Report on inoculation in the plague infected areas of the Punjab and its dependencies from October 1900 to September 1901
Year: 1900
Disease focus: Plague
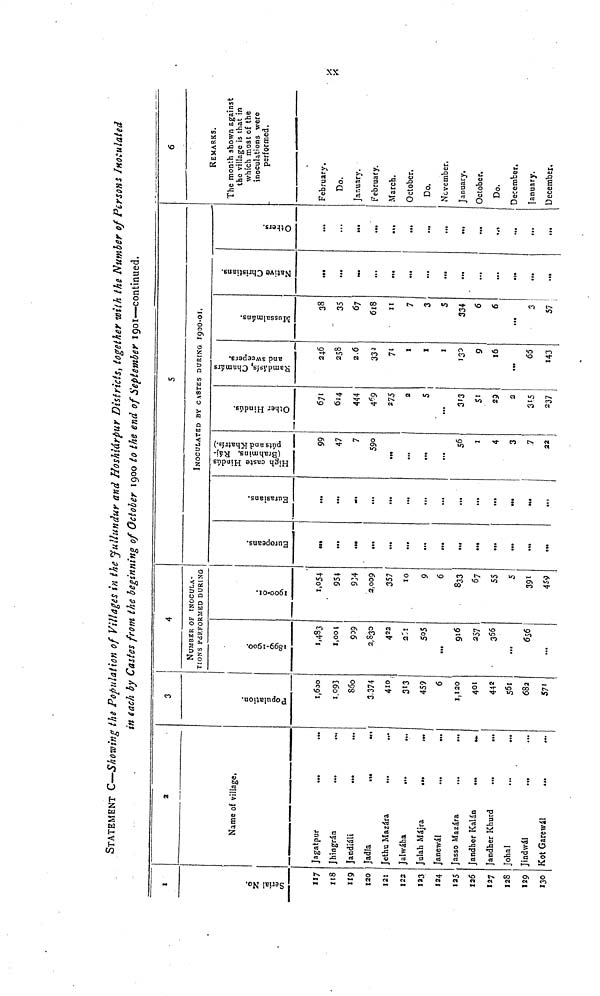
xx
STATEMENT C—Showing the Population of Villages in the Jullundur and Hoshiárpur Districts, together with the Number of Persons Inoculated
in each by Castes from the beginning of October 1900 to the end of September 1901—continued.
1
Serial No.
117
118
119
120
121
122
123
124
125
126
127
I28
129
130
2
Name of village.
Jagatpur
Jhingrán
...
...
Jandiáli
Jadla
Jethu Mazára
Jalwáha
...
...
Julah Májra
Janewál
Jasso Mazára
...
...
Jandher Kalán
Jandher Khurd
...
...
Johal
Jindwál
.
...
Kot Garewál
...
...
3
Population.
1,600
1,093
85o
3,374
410
313
459
6
1,120
401
442
561
682
571
4
NUMBER OF INOCULA-
TIONS PERFORMED DURING
1899-1900.
1,483
1,001
909
2,830
422
231
505
...
916
257
366
...
656
...
1900-01.
1,054
954
934
2,009
357
10
9
6
833
67
55
5
391
459
5
Europeans.
...
...
...
...
...
...
...
...
...
...
...
Eurasians.
...
...
...
...
...
...
...
...
...
...
..
INOCULATED BY CASTES DURING 1900-01.
High caste Hindús (Brahmins, Rájpúts and Khatrís.)
99
47
7
590
...
...
56
1
4
3
7
22
Other Hindús.
614
444
469
275
2
5
...
313
51
29
2
315
237
Ramdásis, Chamárs and sweepers.
246
258
2.6
332
I
I
130
9
x6
...
65
143
Mussalmáns.
38
35
67
618
I!
7
3
5
334
6
6
...
3
57
Native Christians.
...
...
...
...
...
...
...
...
...
.,.
...
Others.
...
...
...
...
...
...
...
...
...
...
6
REMARKS.
The month shown against
the village is that in
which most of the
inoculations were
performed.
February.
Do.
January.
February.
March.
October.
Do.
November.
January.
October.
Do.
December.
January.
December.